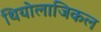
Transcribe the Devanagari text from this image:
थियोलाजिकल